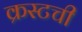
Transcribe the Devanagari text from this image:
क्रस्टची